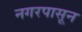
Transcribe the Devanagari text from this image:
नगरपासून